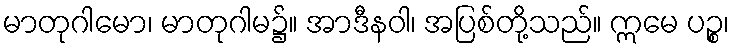
မာတုဂါမော၊ မာတုဂါမ၌။ အာဒီနဝါ၊ အပြစ်တို့သည်။ ဣမေ ပဉ္စ၊